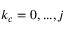
k _ { c } = 0 , . . . , j